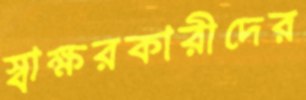
স্বাক্ষরকারীদের